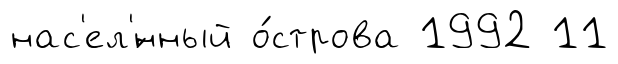
нас'ел'́нный о́строва 1992 11